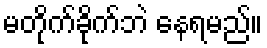
မတိုက်ခိုက်ဘဲ နေရမည်။